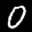
Label: 0